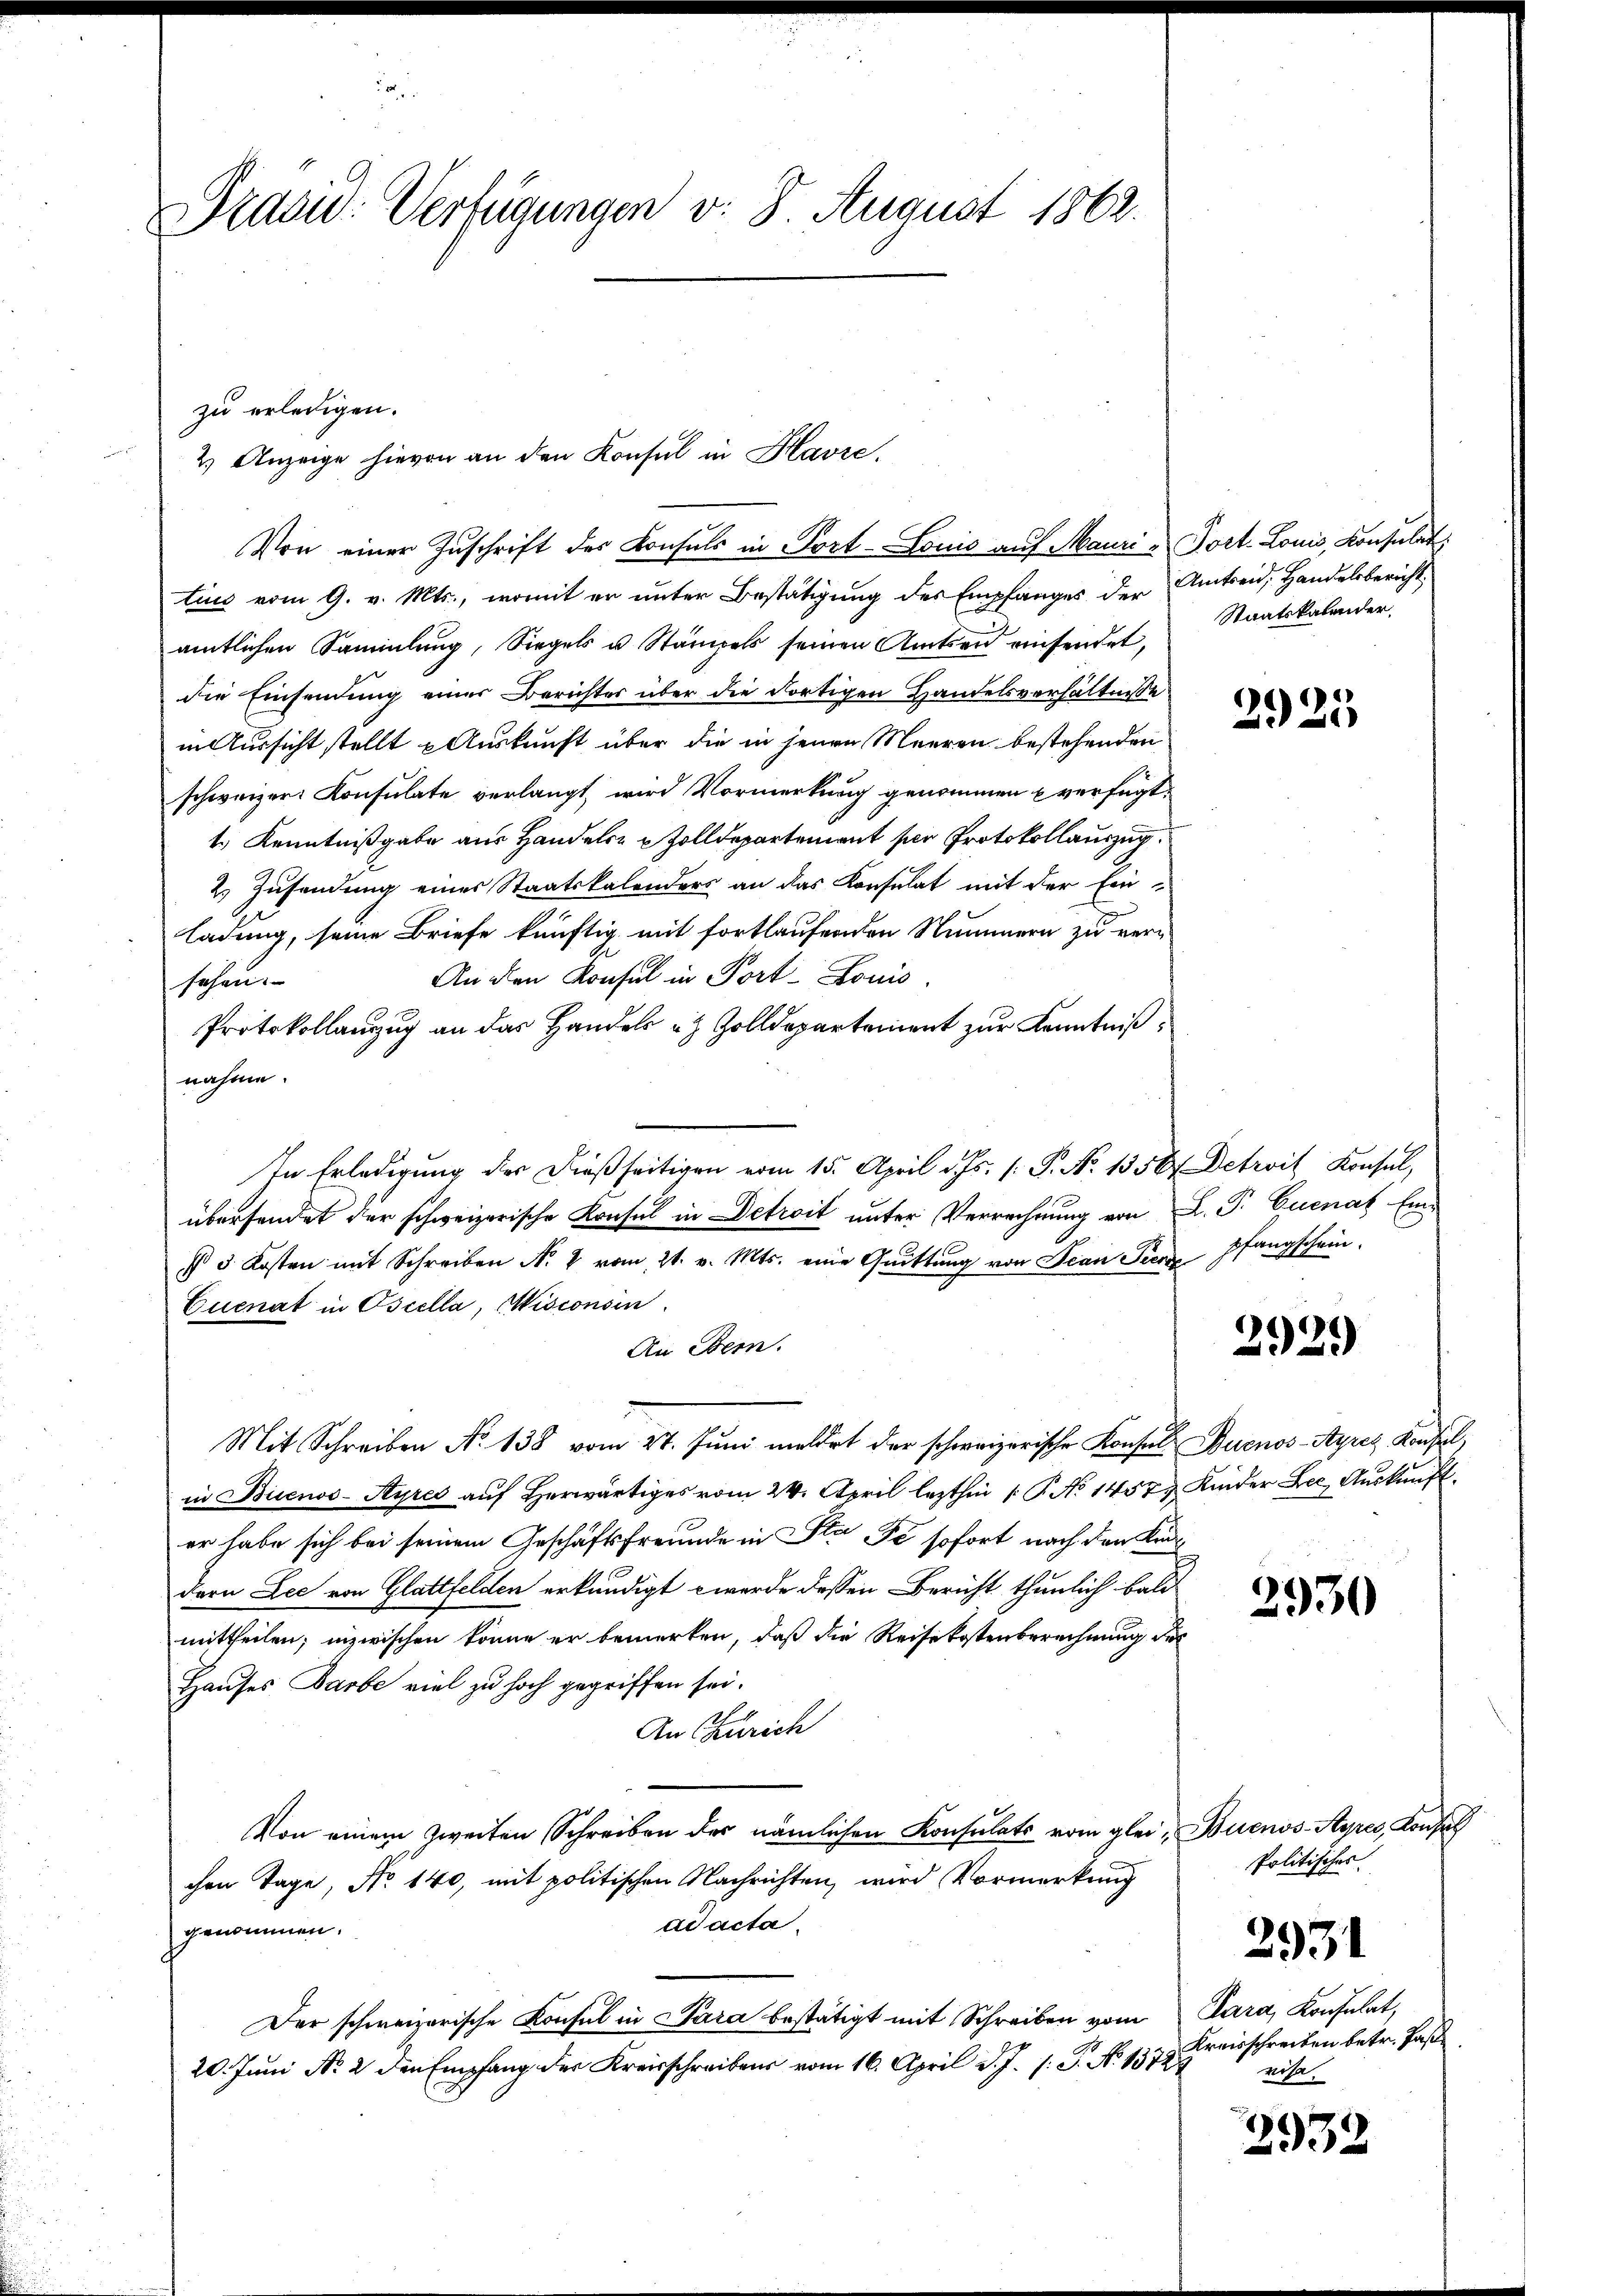
Präsid: Verfügungen v. 8. August 1862.

tius vom 9. v. Mts., womit er unter Bestätigung des Empfanges der
amtlichen Sammlung, Siegels u. Stämpels seinen Amtsen einsendet,
die Einsendung einer Berichter über die dortigen Handelsverhältnisse
in Aussicht stellt Auskunft über die in jenen Meeren bestehenden
schweizer Konsulate verlangt wird Vormerkung genommen verfügt:
4.) Kenntnißgabe aus Handels- & Zolldepartement ser Protokollauszug.
2) Zusendung eines Staatskalenders an das Konsulat mit der Ein-
ladung, seine Briefe künftig mit fortlaufenden Nummern zu ver¬
An den Konsul in Port-Louis
sehen.
Protokollanzŭg an das Handels u Zolldepartement zŭr Kenntnißnahme.
In Erledigŭng der dieβ seitigen vom 15. April d. Js. 1. P. Nr. 1350. Detrois Konsul,
übersendet der schweizerische Konsul in Detrait unter Verrechnung von L. P. Cuenat Ein¬
§ 3 Kosten mit Schreiben N. 4 vom 21. v. Mts. eine Quittung von Jean Peene Pfangschein.
Cuenat in Oscella, Wisionsin
An Bern.
Mit Schreiben No 138 vom 27. Juni meldet der schweizerische Konsul Buenos-Ayres Konsul,
in Buenos-Ayres auf herwärtiges vom 24. April lezthin 1. P. No 1457 Kinder Lee, Auskunft
er habe sich bei seinem Geschäftsfreunde in Sta de sofort nach den Kandern Lee von Glattfelden erkundigt werde dessen Bericht thunlich bald
mittheilen; inzwischen könne er bemerken, daß die Reisekostenberechnung der
Hauses Barbe viel zu hoch gegriffen sei.
An Zürich
Von einem zweiten Schreiben des nämlichen Konsulats vom glei, Buenos-Ayres, Konsul
chen Tage, No 140, mit politischen Nachrichten, wird Vormerkung
ad acta.
genommen.
Der schweizerische Konsul in Sara bestätigt mit Schreiben vom
20. Juni Nr. 2 den Empfang der Kreisschreiben vom 16. April d. J. 1. P. No. 1572

zu erledigen.
2.) Anzeige hievon an den Konsul in Havre,
Von einer Zuschrift des Consuls in Port- Louis auf Mauri - Port. Louis, Konsulat

Amtseid, Handelsbericht
Staatskalender

2925

2929

2930

Politisches
2931
Para, Konsulat,
Kreisschreiben betr. Pas
eisa

2932